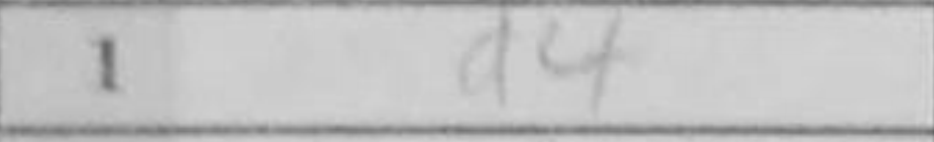
Transcription: d4